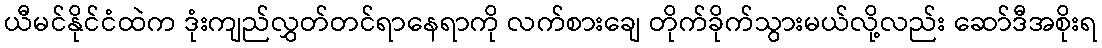
ယီမင်နိုင်ငံထဲက ဒုံးကျည်လွှတ်တင်ရာနေရာကို လက်စားချေ တိုက်ခိုက်သွားမယ်လို့လည်း ဆော်ဒီအစိုးရ